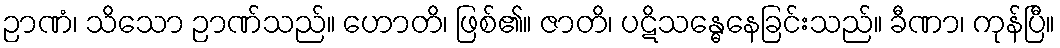
ဉာဏံ၊ သိသော ဉာဏ်သည်။ ဟောတိ၊ ဖြစ်၏။ ဇာတိ၊ ပဋိသန္ဓေနေခြင်းသည်။ ခီဏာ၊ ကုန်ပြီ။